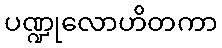
ပဏ္ဍုလောဟိတကာ